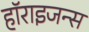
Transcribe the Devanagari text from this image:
हॉराइजन्स